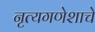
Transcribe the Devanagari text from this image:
नृत्यगणेशाचे